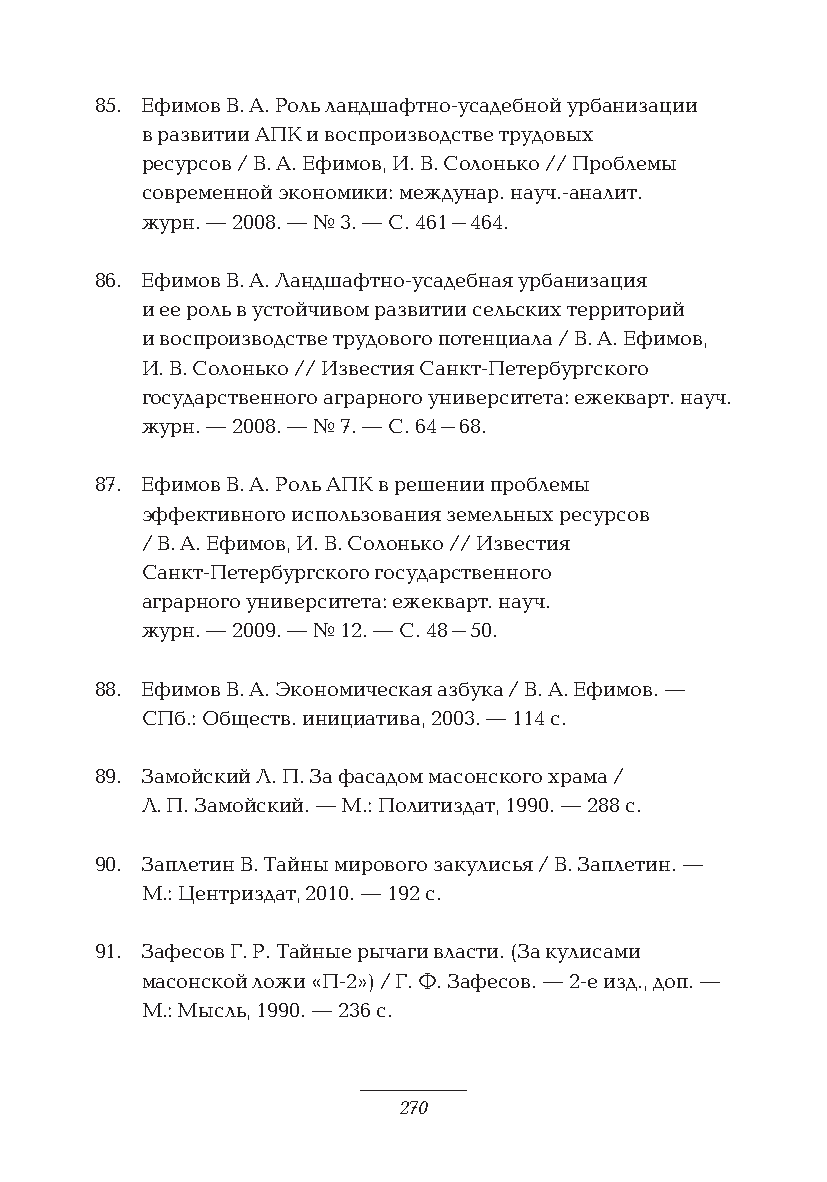
85. Ефимов В. А. Роль ландшафтно-усадебной урбанизации
 в развитии АПК и воспроизводстве трудовых
 ресурсов / В. А. Ефимов, И. В. Солонько // Проблемы
 современной экономики: междунар. науч.-аналит.
 журн. — 2008. — № 3. — С. 461–464.
 86. Ефимов В. А. Ландшафтно-усадебная урбанизация
 и ее роль в устойчивом развитии сельских территорий
 и воспроизводстве трудового потенциала / В. А. Ефимов,
 И. В. Солонько // Известия Санкт-Петербургского
 государственного аграрного университета: ежекварт. науч.
 журн. — 2008. — № 7. — С. 64–68.
 87. Ефимов В. А. Роль АПК в решении проблемы
 эффективного использования земельных ресурсов
 / В. А. Ефимов, И. В. Солонько // Известия
 Санкт-Петербургского государственного
 аграрного университета: ежекварт. науч.
 журн. — 2009. — № 12. — С. 48–50.
 88. Ефимов В. А. Экономическая азбука / В. А. Ефимов. —
 СПб.: Обществ. инициатива, 2003. — 114 с.
 89. Замойский Л. П. За фасадом масонского храма /
 Л. П. Замойский. — М.: Политиздат, 1990. — 288 с.
 90. Заплетин В. Тайны мирового закулисья / В. Заплетин. —
 М.: Центриздат, 2010. — 192 с.
 91. Зафесов Г. Р. Тайные рычаги власти. (За кулисами
 масонской ложи «П-2») / Г. Ф. Зафесов. — 2-е изд., доп. —
 М.: Мысль, 1990. — 236 с.
 270